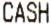
CASH